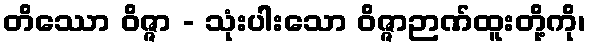
တိဿော ဝိဇ္ဇာ - သုံးပါးသော ဝိဇ္ဇာဉာဏ်ထူးတို့ကို၊